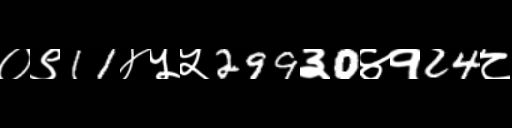
Text: ०९11४५५299३0४१24८